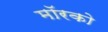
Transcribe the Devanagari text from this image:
मॉरको